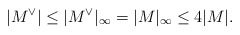
\begin{align*}|M^\vee|\le |M^\vee|_\infty=|M|_\infty\le 4|M|.\end{align*}